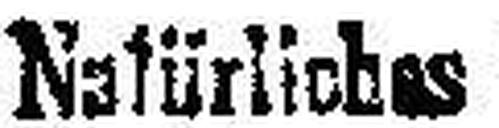
Natürliches